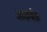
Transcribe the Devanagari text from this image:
अाकर्षक